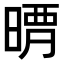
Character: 𣈺